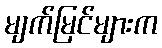
မျက်မြင်များက